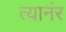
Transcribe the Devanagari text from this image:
त्यानंर